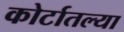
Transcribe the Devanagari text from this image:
कोर्टातल्या